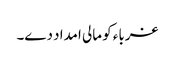
غرباء کو مالی امداد دے۔